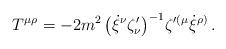
LaTeX: \begin{align*}T{^{\mu\rho}}= -2 m^2\,\big(\dot\xi{^\nu} \zeta^\prime_\nu\big)^{-1}\zeta{^{\prime(\mu}} \dot\xi{^{\rho)}}\, .\end{align*}